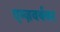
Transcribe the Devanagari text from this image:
एम्ज़वर्थवर